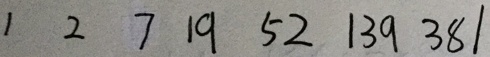
1 2 7 1 9 5 2 1 3 9 3 8 1